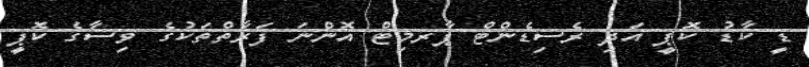
ޑީ ކާޑު ކޮޕީ އަދި ރެސިޑެންޓް ޕާރމިޓް އޮންނަ ފަރާތްތަކުގެ ވިސާގެ ކޮޕީ